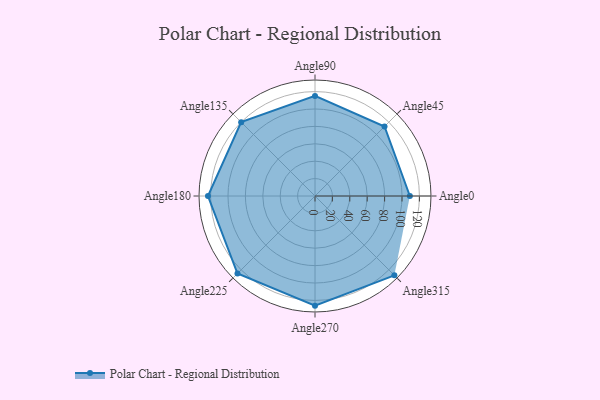
{"axis": {"x": "Angle", "y": "Radius"}, "legend": [""], "data": [{"x": "Angle0", "y": 109.0, "type": ""}, {"x": "Angle45", "y": 113.0, "type": ""}, {"x": "Angle90", "y": 115.0, "type": ""}, {"x": "Angle135", "y": 120.0, "type": ""}, {"x": "Angle180", "y": 123.0, "type": ""}, {"x": "Angle225", "y": 126.0, "type": ""}, {"x": "Angle270", "y": 126.0, "type": ""}, {"x": "Angle315", "y": 129.0, "type": ""}]}